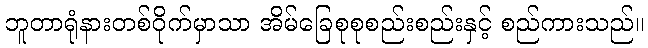
ဘူတာရုံနားတစ်ဝိုက်မှာသာ အိမ်ခြေစုစုစည်းစည်းနှင့် စည်ကားသည်။